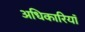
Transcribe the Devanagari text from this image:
अधिकारियॉ